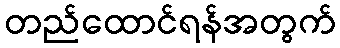
တည်ထောင်ရန်အတွက်